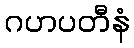
ဂဟပတီနံ